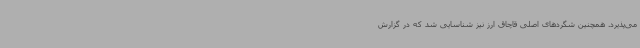
می‌پذیرد. همچنین شگردهای اصلی قاچاق ارز نیز شناسایی شد که در گزارش